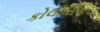
કોલાસિબ